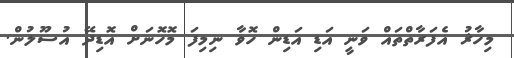
މިހާޜު އެފަރާތްތައް ވަނީ އަޑި އަޑިން ހޮވާ ނިމިފަ މޮހޮނަށް އޮޑިދޭ އުސޫލުން.